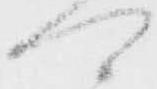
可